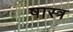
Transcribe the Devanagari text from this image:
षास्त्र